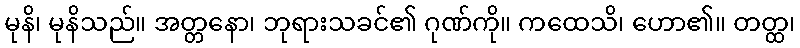
မုနိ၊ မုနိသည်။ အတ္တနော၊ ဘုရားသခင်၏ ဂုဏ်ကို။ ကထေသိ၊ ဟော၏။ တတ္ထ၊